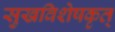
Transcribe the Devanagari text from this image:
सुखविशेषकृत्